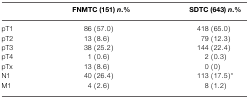
<table><thead><tr><td></td><td><b>FNMTC (151) <i>n</i>.%</b></td><td><b>SDTC (643) <i>n</i>.%</b></td></tr></thead><tbody><tr><td>pT1</td><td>86 (57.0)</td><td>418 (65.0)</td></tr><tr><td>pT2</td><td>13 (8.6)</td><td>79 (12.3)</td></tr><tr><td>pT3</td><td>38 (25.2)</td><td>144 (22.4)</td></tr><tr><td>pT4</td><td>1 (0.6)</td><td>2 (0.3)</td></tr><tr><td>pTx</td><td>13 (8.6)</td><td>0 (0)</td></tr><tr><td>N1</td><td>40 (26.4)</td><td>113 (17.5)*</td></tr><tr><td>M1</td><td>4 (2.6)</td><td>8 (1.2)</td></tr></tbody></table>